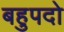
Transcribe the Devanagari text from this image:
बहुपदो